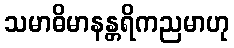
သမာဓိမာနန္တရိကညမာဟု